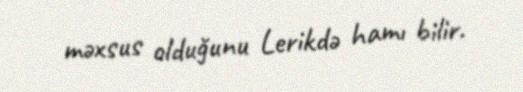
məxsus olduğunu Lerikdə hamı bilir.